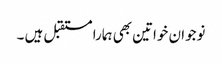
نوجوان خواتین بھی ہمارا مستقبل ہیں ۔